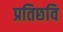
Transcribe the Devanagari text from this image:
प्रतिछवि